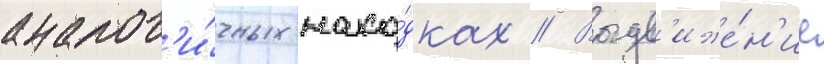
аналог'и́чных нахо́дках // Выдв'иже́н'ие